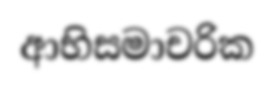
ආභිසමාචරික